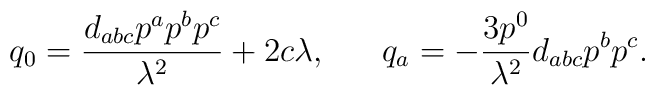
q_0={{d_{abc}p^ap^bp^c}\over{\lambda^2}}+2c\lambda, \ \ \ \ \ q_a=-{{3p^0}\over{\lambda^2}}d_{abc}p^bp^c.